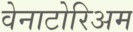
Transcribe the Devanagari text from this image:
वेनाटोरिअम